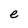
Character: e